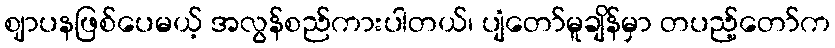
ဈာပနဖြစ်ပေမယ့် အလွန်စည်ကားပါတယ်၊ ပျံတော်မူချိန်မှာ တပည့်တော်က